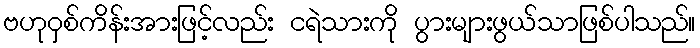
ဗဟုဝှစ်ကိန်းအားဖြင့်လည်း ငရဲသားကို ပွားများဖွယ်သာဖြစ်ပါသည်။